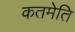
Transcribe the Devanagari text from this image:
कतमेति